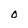
Character: 0